Newspaper: The Hickman courier. [volume]
Place of publication: Hickman, Ky.
Publisher: Warren & Martin
Date: 1900-10-19 00:00:00
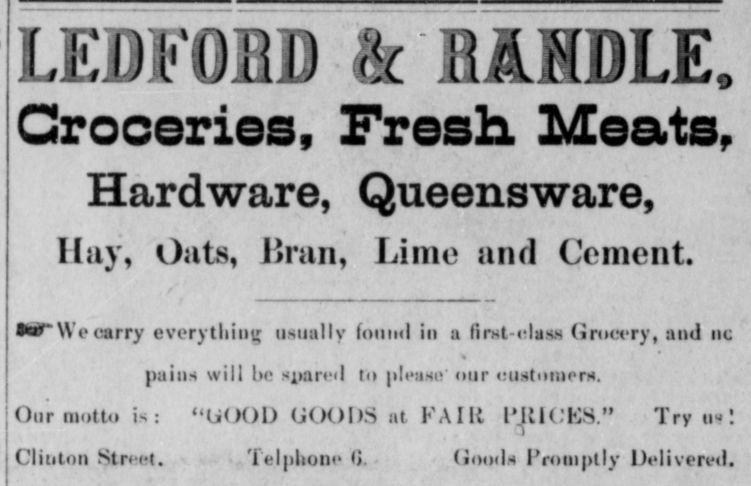
Advertisement text (OCR):
LEILWE it IRlANDLEt Croceries Fresh Meats Hardware Queensware Hay Oats Bran Lime and Cement I Wo carry everything usually fouiul in a firstolass Grocery and no pains will bo spared ill pleasu our utistomors Our motto Is UOOD GOODS at PAIR IBICES Try its Olinton trust Tel phono 0 Goods Promptly Delivered
Label: text-only